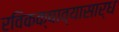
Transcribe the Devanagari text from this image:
रविकक्षाव्यासार्ध